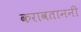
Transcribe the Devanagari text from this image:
करावताननी